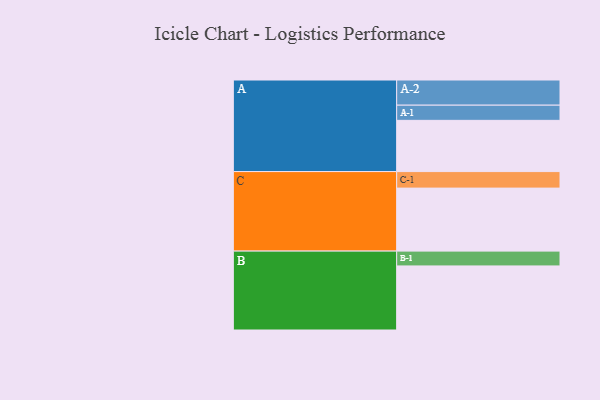
{"axis": {"x": "Segment", "y": "Value"}, "legend": ["", "A", "B", "C"], "data": [{"x": "A", "y": 391, "type": ""}, {"x": "B", "y": 489, "type": ""}, {"x": "C", "y": 481, "type": ""}, {"x": "A-1", "y": 116, "type": "A"}, {"x": "A-2", "y": 192, "type": "A"}, {"x": "B-1", "y": 113, "type": "B"}, {"x": "C-1", "y": 126, "type": "C"}]}